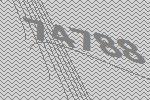
74788